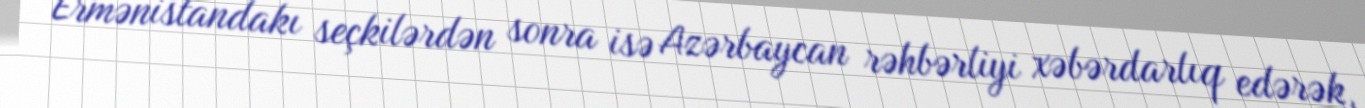
Ermənistandakı seçkilərdən sonra isə Azərbaycan rəhbərliyi xəbərdarlıq edərək,